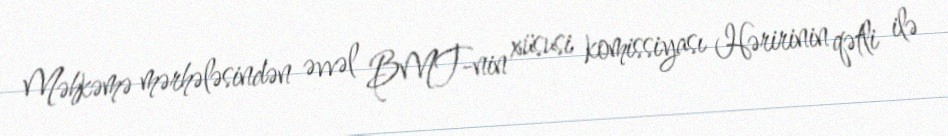
Məhkəmə mərhələsindən əvvəl BMT-nin xüsusi komissiyası Həririnin qətli ilə